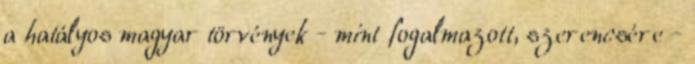
a hatályos magyar törvények - mint fogalmazott, szerencsére -